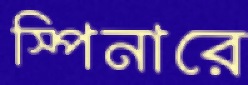
স্পিনারে